Insane asylums in Bengal annual reports 1876-1887 - 1876-1887
Year: 1876
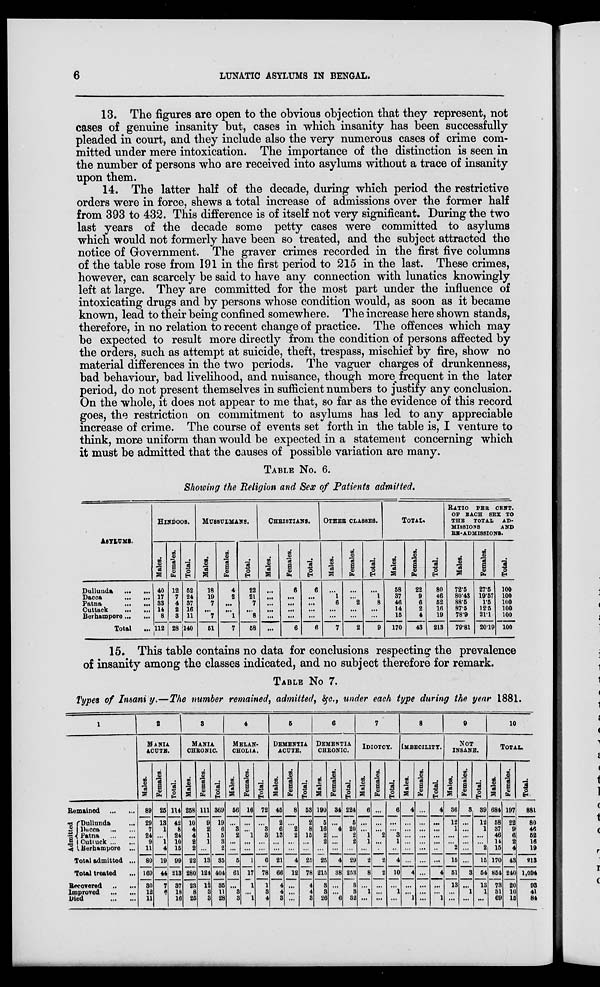
6
LUNATIC ASYLUMS IN BENGAL.
13. The figures are open to the obvious objection that they represent, not
cases of genuine insanity but, cases in which insanity has been successfully
pleaded in court, and they include also the very numerous cases of crime com-
mitted under mere intoxication. The importance of the distinction is seen in
the number of persons who are received into asylums without a trace of insanity
upon them.
14. The latter half of the decade, during which period the restrictive
orders were in force, shews a total increase of admissions over the former half
from 393 to 432. This difference is of itself not very significant. During the two
last years of the decade some petty cases were committed to asylums
which would not formerly have been so treated, and the subject attracted the
notice of Government. The graver crimes recorded in the first five columns
of the table rose from 191 in the first period to 215 in the last. These crimes,
however, can scarcely be said to have any connection with lunatics knowingly
left at large. They are committed for the most part under the influence of
intoxicating drugs and by persons whose condition would, as soon as it became
known, lead to their being confined somewhere. The increase here shown stands,
therefore, in no relation to recent change of practice. The offences which may
be expected to result more directly from the condition of persons affected by
the orders, such as attempt at suicide, theft, trespass, mischief by fire, show no
material differences in the two periods. The vaguer charges of drunkenness,
bad behaviour, bad livelihood, and nuisance, though more frequent in the later
period, do not present themselves in sufficient numbers to justify any conclusion.
On the whole, it does not appear to me that, so far as the evidence of this record
goes, the restriction on commitment to asylums has led to any appreciable
increase of crime. The course of events set forth in the table is, I venture to
think, more uniform than would be expected in a statement concerning which
it must be admitted that the causes of possible variation are many.
TABLE No. 6.
Showing the Religion and Sex of Patients admitted.
ASYLUMS.
Dullunda
... ...
Dacca
...
...
Patna
...
...
Cuttack
... ...
Berhampore ... ...
Total ...
HINDOOS.
Males.
40
17
33
14
8
112
Females.
12
7
4
2
3
28
Total.
52
24
37
16
11
140
MUSSULMANS.
Males.
18
19
7
...
7
51
Females.
4
2
...
...
1
7
Total.
22
21
7
...
8
58
CHRISTIANS.
Males.
...
...
...
...
...
...
Females.
6
...
...
...
...
6
Total.
6
...
...
...
...
6
OTHER CLASSES.
Males.
...
1
6
...
...
7
Females.
...
...
2
...
...
2
Total.
...
1
8
...
...
9
TOTAL.
Males.
58
37
46
14
15
170
Females.
22
9
6
2
4
43
Total.
80
46
52
16
19
213
RATIO PER CENT.
OF EACH SEX TO
THE TOTAL AD-
--------
AND
RE-ADMISSIONS.
Males.
72.5
80.43
88.5
87.5
78.9
79.81
Females.
27.5
19.57
11.5
12.5
21.1
20.19
Total.
100
100
100
100
100
100
15. This table contains no data for conclusions respecting the prevalence
of insanity among the classes indicated, and no subject therefore for remark.
TABLE No 7.
Types of Insanity.—The number remained, admitted, &c., under each type during the year 1881.
1
Remained ... ...
Admitted
Dullunda ...
Dacca
... ...
Patna
... ...
Cuttuck ... ...
Berhampore ...
Total admitted ...
Total treated ...
Recovered
... ...
Improved
...
...
Died
...
...
2
MANIA
ACUTE.
Males.
89
29
7
24
9
11
80
169
30
12
11
Females.
25
13
1
...
1
4
19
44
7
6
5
Total.
114
42
8
24
10
15
99
213
37
18
16
3
MANIA
CHRONIC.
Males.
258
10
4
4
2
2
22
280
23
8
25
Females.
111
9
2
1
1
...
13
124
12
3
3
Total.
369
19
6
5
3
2
35
404
35
11
28
4
MELAN-
------.
Males.
56
...
3
2
...
...
5
61
...
3
3
Females.
16
...
...
1
...
...
1
17
1
...
1
Total.
72
...
3
3
...
...
6
78
1
3
4
5
DEMENTIA
ACUTE.
Males.
45
2
6
13
...
...
21
66
4
4
3
Females.
8
...
2
2
...
...
4
12
...
...
...
Total.
53
2
8
15
...
...
25
78
4
4
3
6
DEMENTIA
CHRONIC.
Males.
190
5
16
2
2
...
25
215
3
3
26
Females.
34
...
4
...
...
...
4
38
...
...
6
Total.
224
5
20
2
2
...
29
253
3
3
32
7
IDIOTCY.
Males.
6
...
...
1
1
...
2
8
...
1
...
Females.
...
...
...
2
...
...
2
2
...
...
...
Total.
6
...
...
3
1
...
4
10
...
1
...
8
IMBECILITY.
Males.
4
...
...
...
...
...
...
4
...
...
1
Females.
...
...
...
...
...
...
...
...
...
...
...
Total.
4
...
...
...
...
...
...
4
...
...
1
9
NOT
INSANE.
Males.
36
12
1
...
...
2
15
51
13
...
...
Females.
3
...
...
...
...
...
...
3
...
1
...
Total.
39
12
1
...
...
2
15
54
13
1
...
10
TOTAL.
Males.
684
58
37
46
14
15
170
854
73
31
69
Females.
197
22
9
6
2
4
43
240
20
10
15
Total.
881
80
46
52
16
19
213
1,094
93
41
84